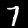
Digit: 7